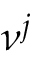
\ensuremath { \boldsymbol \nu } ^ { j }